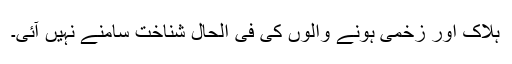
ہلاک اور زخمی ہونے والوں کی فی الحال شناخت سامنے نہیں آئی۔